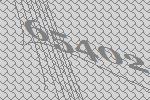
65402